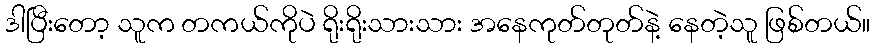
ဒါပြီးတော့ သူက တကယ်ကိုပဲ ရိုးရိုးသားသား အနေကုတ်တုတ်နဲ့ နေတဲ့သူ ဖြစ်တယ်။